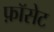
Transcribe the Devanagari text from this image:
फ़ॉसेट